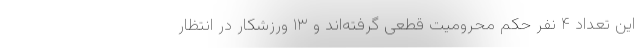
این تعداد ۴ نفر حکم محرومیت قطعی گرفته‌اند و ۱۳ ورزشکار در انتظار